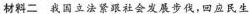
材料二 我国立法紧跟社会发展步伐，回应民生